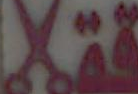
ئقلا